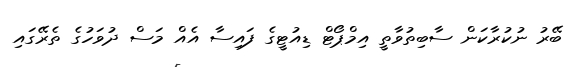
ބޭރު ނުކުރާކަން ސާބިތުވާތީ އިމްޕޯޓް ޑިއުޓީގެ ފައިސާ އެއް މަސް ދުވަހުގެ ތެރޭގައި